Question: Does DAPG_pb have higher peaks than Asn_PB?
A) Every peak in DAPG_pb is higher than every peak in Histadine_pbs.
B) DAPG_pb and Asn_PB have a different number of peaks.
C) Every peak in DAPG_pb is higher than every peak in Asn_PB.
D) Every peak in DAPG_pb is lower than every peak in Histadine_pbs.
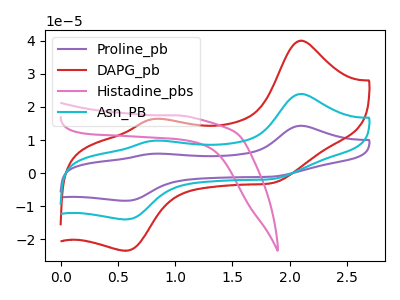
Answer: <think>The purple curve "Proline_pb" has anodic peaks at (2.10V, 47.90uA) (0.80V, 19.55uA) and cathodic peaks at (1.85V, -3.50uA) (0.55V, -28.10uA). The red curve "DAPG_pb" has anodic peaks at (2.10V, 40.05uA) (0.80V, 16.35uA) and cathodic peaks at (1.85V, -2.90uA) (0.55V, -23.50uA). The pink curve "Histadine_pbs" has no peaks. The cyan curve "Asn_PB" has anodic peaks at (2.10V, 23.95uA) (0.80V, 9.80uA) and cathodic peaks at (1.85V, -1.75uA) (0.55V, -14.05uA).</think>
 <answer>C) Every peak in "DAPG_pb" is higher than every peak in "Asn_PB".</answer>
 <eval>C</eval>